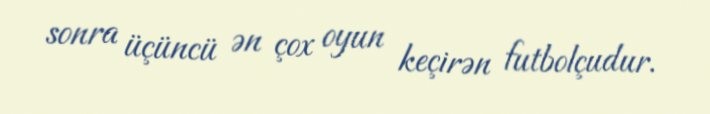
sonra üçüncü ən çox oyun keçirən futbolçudur.